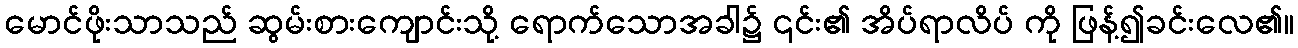
မောင်ဖိုးသာသည် ဆွမ်းစားကျောင်းသို့ ရောက်သောအခါ၌ ၎င်း၏ အိပ်ရာလိပ် ကို ဖြန့်၍ခင်းလေ၏။